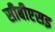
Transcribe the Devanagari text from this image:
सीबीएसइ